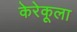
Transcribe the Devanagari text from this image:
केरेकूला